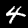
Digit: 4